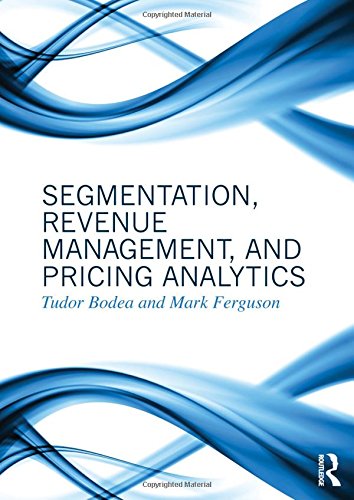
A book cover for Segmentation, Revenue Management and Pricing Analytics; Tudor Bodea; Business & Money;